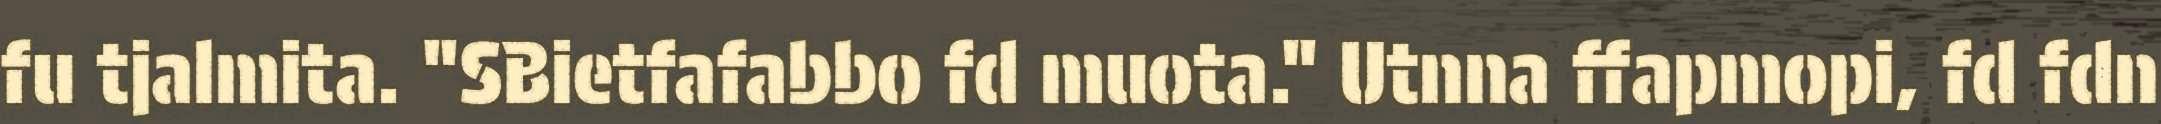
fu tjalmita. "SBietfafabbo fd muota." Utnna ffapmopi, fd fdn